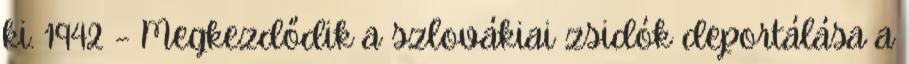
ki. 1942 – Megkezdődik a szlovákiai zsidók deportálása a